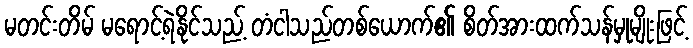
မတင်းတိမ် မရောင့်ရဲနိုင်သည့် တံငါသည်တစ်ယောက်၏ စိတ်အားထက်သန်မှုမျိုးဖြင့်